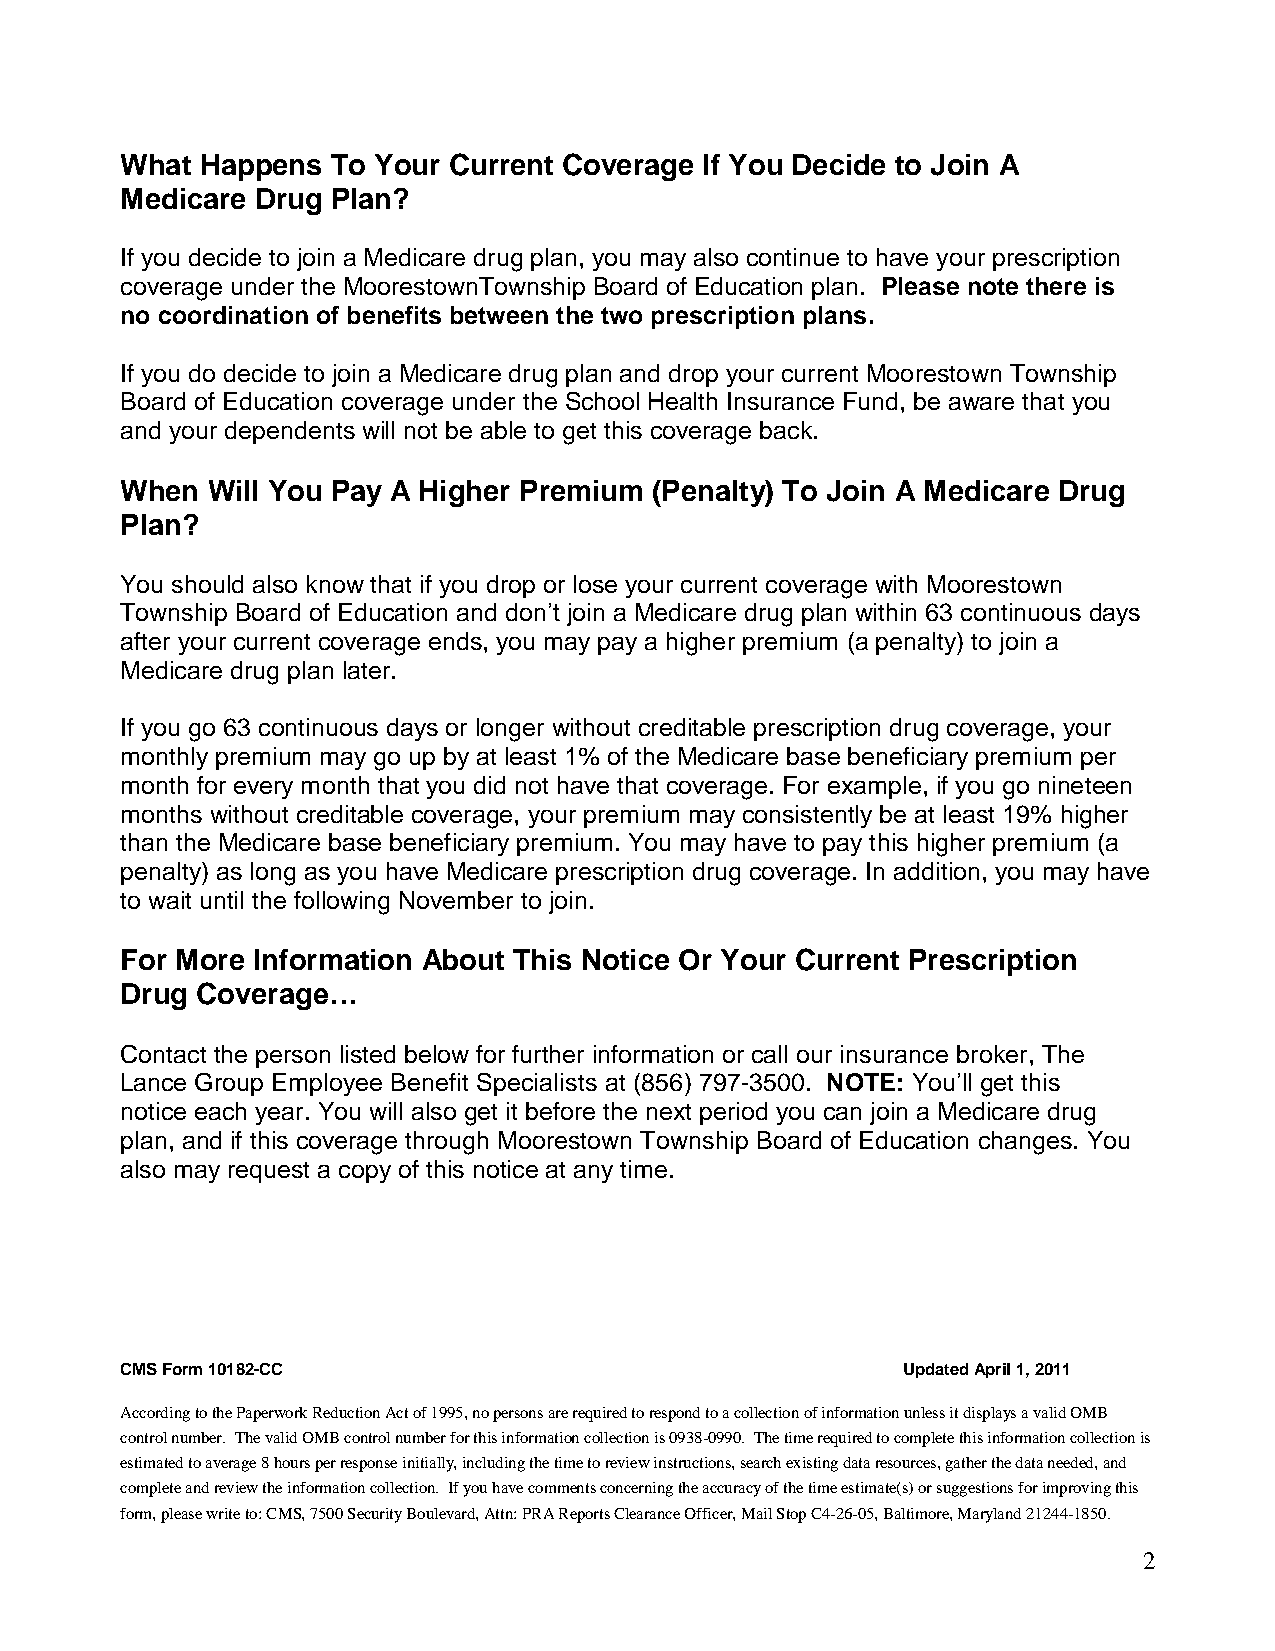
What Happens  To Your Current Coverage If You Decide to Join A
 Medicare Drug Plan?
 If you decide to join a Medicare drug plan, you may also continue to have your prescription
 coverage under the MoorestownTownship Board of Education plan. Please note there is
 no coordination of benefits between the two prescription plans.
 If you do decide to join a Medicare drug plan and drop your current Moorestown Township
 Board of Education coverage under the School Health Insurance Fund, be aware that you
 and your dependents will not be able to get this coverage back.
 When  Will You Pay A Higher Premium (Penalty) To Join A Medicare Drug
 Plan?
 You should also know that if you drop or lose your current coverage with Moorestown
 Township Board of Education and don’t join a Medicare drug plan within 63 continuous days
 after your current coverage ends, you may pay a higher premium (a penalty) to join a
 Medicare drug plan later.
 If you go 63 continuous days or longer without creditable prescription drug coverage, your
 monthly premium may go up by at least 1% of the Medicare base beneficiary premium per
 month for every month that you did not have that coverage. For example, if you go nineteen
 months without creditable coverage, your premium may consistently be at least 19% higher
 than the Medicare base beneficiary premium. You may have to pay this higher premium (a
 penalty) as long as you have Medicare prescription drug coverage. In addition, you may have
 to wait until the following November to join.
 For More Information About This Notice Or Your Current Prescription
 Drug Coverage…
 Contact the person listed below for further information or call our insurance broker, The
 Lance Group Employee Benefit Specialists at (856) 797-3500. NOTE: You’ll get this
 notice each year. You will also get it before the next period you can join a Medicare drug
 plan, and if this coverage through Moorestown Township Board of Education changes. You
 also may request a copy of this notice at any time.
 CMS Form 10182-CC                                   Updated April 1, 2011
 According to the Paperwork Reduction Act of 1995, no persons are required to respond to a collection of information unless it displays a valid OMB
 control number. The valid OMB control number for this information collection is 0938-0990. The time required to complete this information collection is
 estimated to average 8 hours per response initially, including the time to review instructions, search existing data resources, gather the data needed, and
 complete and review the information collection. If you have comments concerning the accuracy of the time estimate(s) or suggestions for improving this
 form, please write to: CMS, 7500 Security Boulevard, Attn: PRA Reports Clearance Officer, Mail Stop C4-26-05, Baltimore, Maryland 21244-1850.
 2